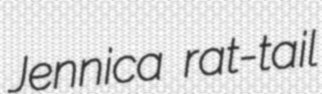
Jennica rat-tail